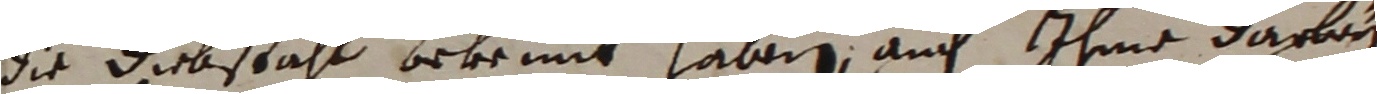
die diestahl bekennt haberen auf ihme darbun